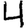
Digit: 4